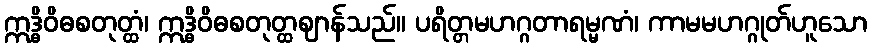
ဣဒ္ဓိဝိဓစတုတ္ထံ၊ ဣဒ္ဓိဝိဓစတုတ္ထဈာန်သည်။ ပရိတ္တမဟဂ္ဂတာရမ္မဏံ၊ ကာမမဟဂ္ဂုတ်ဟူသော